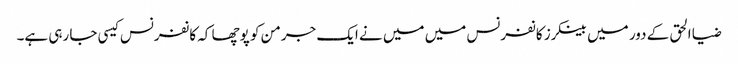
ضیا الحق کے دور میں بینکرز کانفرنس میں میں نے ایک جرمن کو پوچھا کہ کانفرنس کیسی جا رہی ہے۔